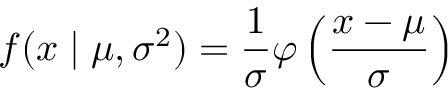
f ( x \mid \mu , \sigma ^ { 2 } ) = { \frac { 1 } { \sigma } } \varphi \left( { \frac { x - \mu } { \sigma } } \right)